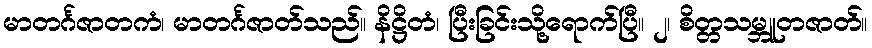
မာတင်္ဂဇာတကံ၊ မာတင်္ဂဇာတ်သည်။ နိဋ္ဌိတံ၊ ပြီးခြင်းသို့ရောက်ပြီ။ ၂၊ စိတ္တသမ္ဘူတဇာတ်။